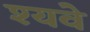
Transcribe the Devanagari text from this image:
श्यवे